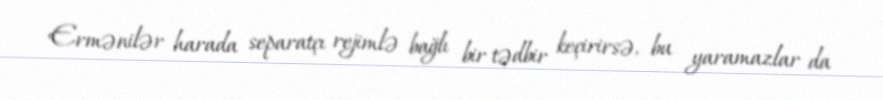
Ermənilər harada separatçı rejimlə bağlı bir tədbir keçirirsə, bu yaramazlar da